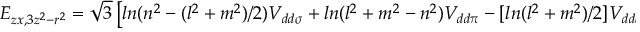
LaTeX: E _ { z x , 3 z ^ { 2 } - r ^ { 2 } } = { \sqrt { 3 } } \left[ l n ( n ^ { 2 } - ( l ^ { 2 } + m ^ { 2 } ) / 2 ) V _ { d d \sigma } + l n ( l ^ { 2 } + m ^ { 2 } - n ^ { 2 } ) V _ { d d \pi } - [ l n ( l ^ { 2 } + m ^ { 2 } ) / 2 ] V _ { d d \delta } \right]